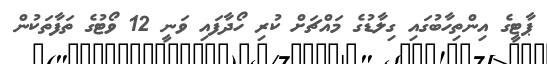
ޕާޓީގެ އިންތިހާބުގައި ގިލާޑުގެ މައްޗަށް ކުރި ހޯދާފައި ވަނީ 12 ވޯޓުގެ ތަފާތަކުން